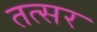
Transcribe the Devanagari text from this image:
तत्सर